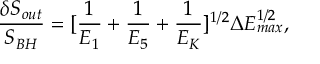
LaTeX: \frac { \delta S _ { o u t } } { S _ { B H } } = [ \frac { 1 } { E _ { 1 } } + \frac { 1 } { E _ { 5 } } + \frac { 1 } { E _ { K } } ] ^ { 1 / 2 } \Delta E _ { m a x } ^ { 1 / 2 } ,